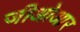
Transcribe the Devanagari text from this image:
जीओआर